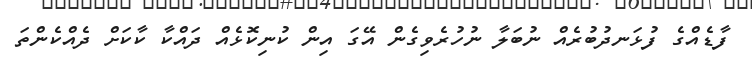
ފާޑެއްގެ ފުޅަނދުބުރެއް ނުބަލާ ނުހުރެވިގެން އޭގަ އިން ކުނިކޮޅެއް ދައްކާ ކާކަށް ދެއްކެންތަ